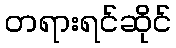
တရားရင်ဆိုင်